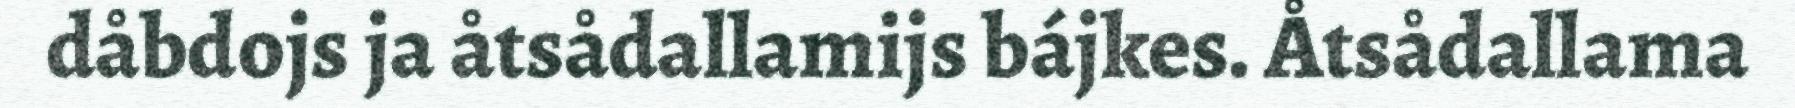
dåbdojs ja åtsådallamijs bájkes. Åtsådallama